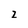
Character: z